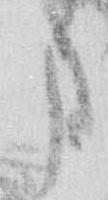
ま